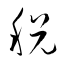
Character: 税